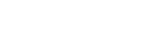
ပညတ်တရားကို